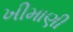
ખીમાણી